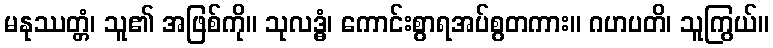
မနုဿတ္တံ၊ သူ၏ အဖြစ်ကို။ သုလဒ္ဓံ၊ ကောင်းစွာရအပ်စွတကား။ ဂဟပတိ၊ သူကြွယ်။